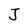
Character: J